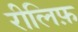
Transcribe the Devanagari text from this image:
रीलिफ़